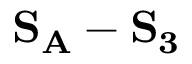
\mathbf { S _ { A } } - \mathbf { S _ { 3 } }